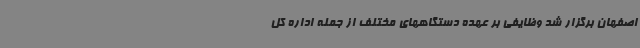
اصفهان برگزار شد وظایفی بر عهده دستگاههای مختلف از جمله اداره کل